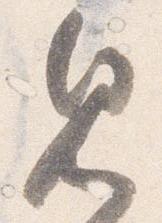
見